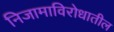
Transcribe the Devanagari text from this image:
निजामाविरोधातील